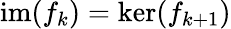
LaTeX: \operatorname{im}(f_{k})=\ker(f_{k+1})